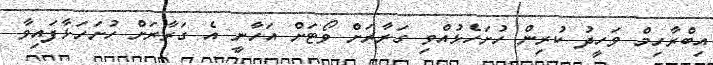
އިބްރާހިމް ވަހީދު ކުރިން ހުށަހެޅުއްވި ގަރާރަށް ވޯޓަށް އަހާނީ އެ ގަރާރަށް ހުށަހަޅާފައިވާ